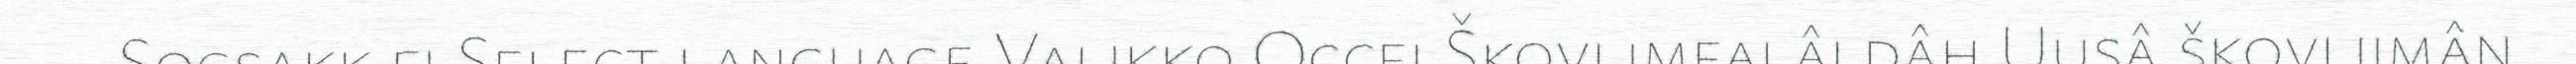
- Sogsakk.fi Select language Valikko Occei Škovlimfalâldâh Uusâ škovliimân